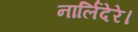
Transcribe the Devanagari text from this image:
नार्लिदेरे।